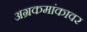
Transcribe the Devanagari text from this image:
अग्रकमांकावर